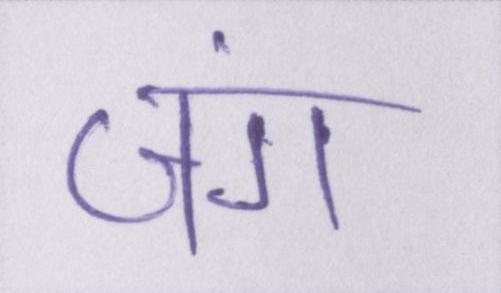
जंग